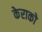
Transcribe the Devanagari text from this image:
केराको